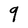
Character: 9